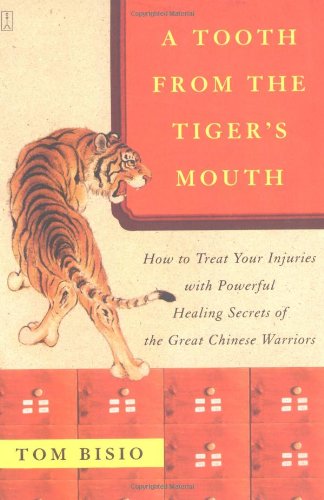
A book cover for A Tooth from the Tiger's Mouth: How to Treat Your Injuries with Powerful Healing Secrets of the Great Chinese Warrior (Fireside Books (Fireside)); Tom Bisio; Health, Fitness & Dieting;